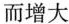
而增大